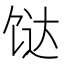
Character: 𩠅